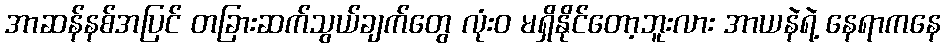
အာဆန်နစ်အပြင် တခြားဆက်သွယ်ချက်တွေ လုံးဝ မရှိနိုင်တော့ဘူးလား အာယနဲရဲ့ နေရာကနေ